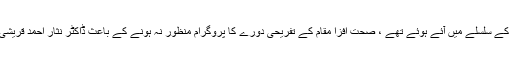
فل کی ورکشاپ کے سلسلے میں آئے ہوئے تھے ، صحت افزا مقام کے تفریحی دورے کا پروگرام منظور نہ ہونے کے باعث ڈاکٹر نثار احمد قریشی سے الجھ پڑے۔